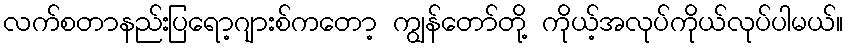
လက်စတာနည်းပြရော့ဂျားစ်ကတော့ ကျွန်တော်တို့ ကိုယ့်အလုပ်ကိုယ်လုပ်ပါမယ်။